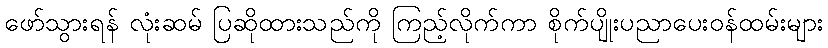
ဖော်သွားရန် လုံးဆမ် ပြဆိုထားသည်ကို ကြည့်လိုက်ကာ စိုက်ပျိုးပညာပေးဝန်ထမ်းများ